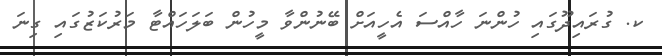
ކ. ގުރައިދޫގައި ހުންނަ ހާއްސަ އެހީއަށް ބޭނުންވާ މީހުން ބަލަހައްޓާ މަރުކަޒުގައި ގިނަ